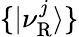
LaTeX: \{ |\nu_{\mathrm{R}}^{j}\rangle\}